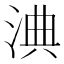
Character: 淟